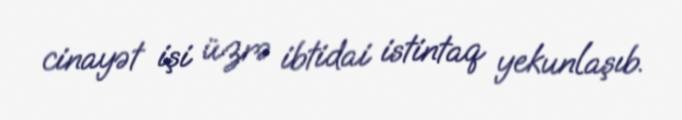
cinayət işi üzrə ibtidai istintaq yekunlaşıb.